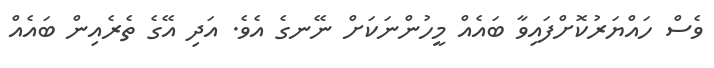
ވެސް ހައްޔަރުކޮށްފައިވާ ބައެއް މީހުންނަކަށް ނޭނގެ އެވެ. އަދި އޭގެ ތެރެއިން ބައެއް